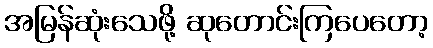
အမြန်ဆုံးသေဖို့ ဆုတောင်းကြပေတော့